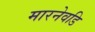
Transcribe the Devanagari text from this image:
मारनेवडि